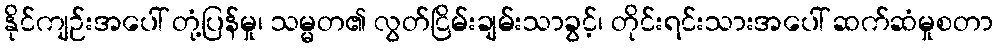
နိုင်ကျဉ်းအပေါ် တုံ့ပြန်မှု၊ သမ္မတ၏ လွတ်ငြိမ်းချမ်းသာခွင့်၊ တိုင်းရင်းသားအပေါ် ဆက်ဆံမှုစတာ